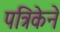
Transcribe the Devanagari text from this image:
पत्रिकेने